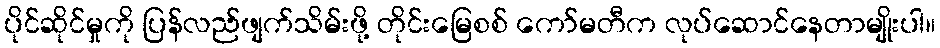
ပိုင်ဆိုင်မှုကို ပြန်လည်ဖျက်သိမ်းဖို့ တိုင်းမြေစစ် ကော်မတီက လုပ်ဆောင်နေတာမျိုးပါ။